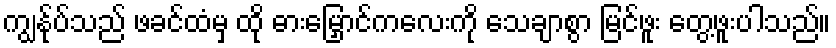
ကျွန်ုပ်သည် ဖခင်ထံမှ ထို ဓားမြှောင်ကလေးကို သေချာစွာ မြင်ဖူး တွေ့ဖူးပါသည်။